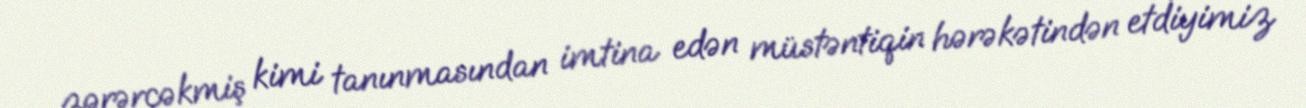
zərərçəkmiş kimi tanınmasından imtina edən müstəntiqin hərəkətindən etdiyimiz